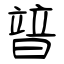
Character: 暜